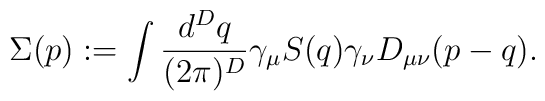
\Sigma(p) := \int {d^Dq \over (2\pi)^D}  \gamma_\mu S(q) \gamma_\nu D_{\mu\nu}(p-q).